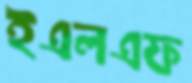
ইএলএফ